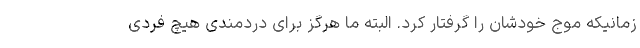
زمانیکه موج خودشان را گرفتار کرد. البته ما هرگز برای دردمندی هیچ فردی